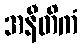
အနီတိကံ